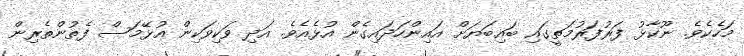
މަހެކެވެ. ނޫކާޅު ފަރުފަރުމަތީގައި ބައިބަޔަށް އައިންހަދައިގެން އުޅެއެވެ. އަދި ވަކިވަކިން އުޅޭމަސް ފެތުންތެރިން